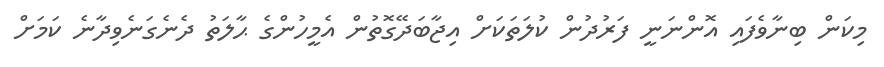
މިކަން ބިނާވެފައި އޮންނަނީ ފަރުދުން ކުލަތަކަށް އިޖާބަދޭގޮތުން އެމީހުންގެ ޙާލަތު ދެނެގަނެވިދާނެ ކަމަށް